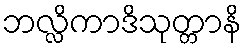
ဘလ္လိကာဒိသုတ္တာနိ